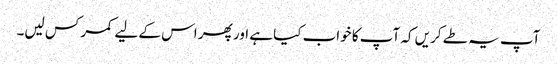
آپ یہ طے کریں کہ آپ کا خواب کیا ہے اور پھر اس کے لیے کمر کس لیں۔